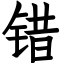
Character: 错